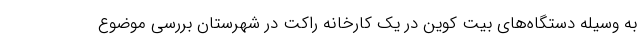
به وسیله دستگاه‌های بیت کوین در یک کارخانه راکت در شهرستان بررسی موضوع